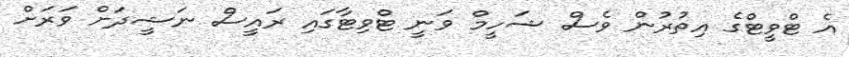
އެ ޓްވީޓްގެ އިތުރުން ވެސް ޝަހީމް ވަނީ ޓްވިޓާގައި ރައީސް ނަޝީދަށް ވަރަށް